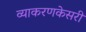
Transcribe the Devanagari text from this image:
व्याकरणकेसरी